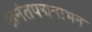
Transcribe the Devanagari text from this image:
अनंतपद्मनाभन